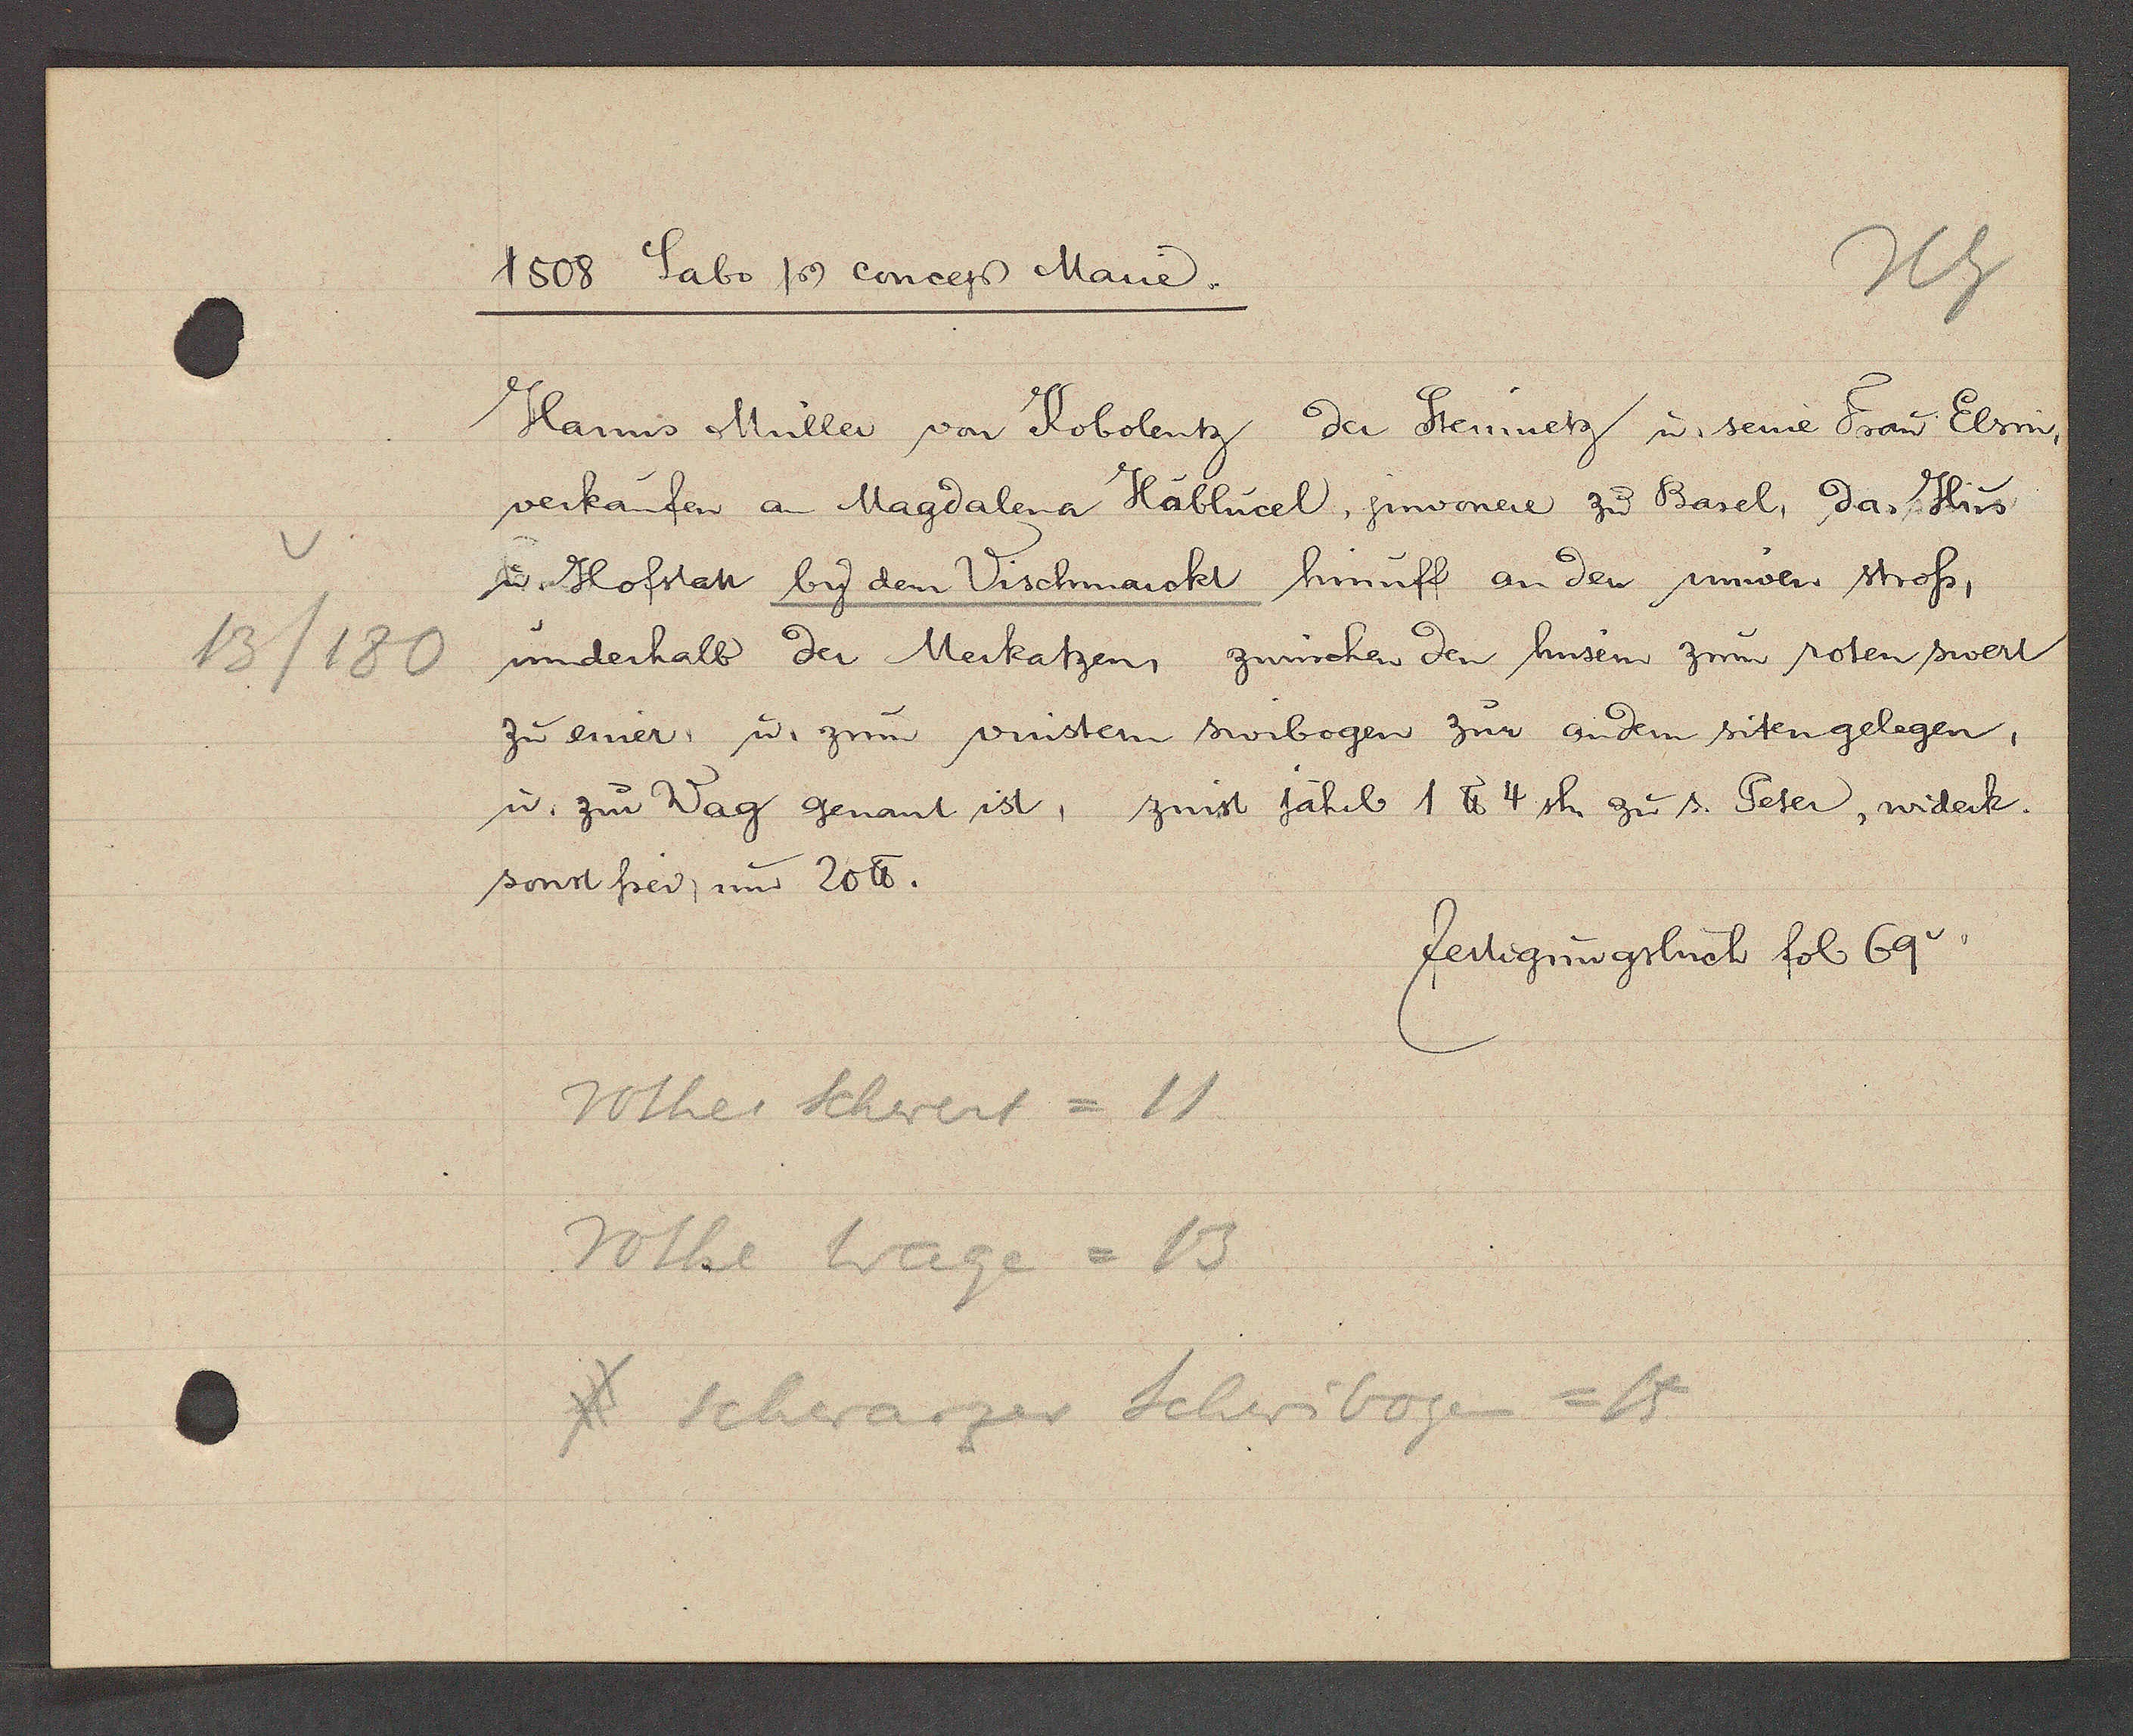
Transcript:
13/180

1508 Sabo Ƿ concep Marie.

Hanns Müller von Kobolentz da Steinmetz u. seine Frau Elsin,
verkaufen an Magdalena Hablucel, juwoneie zu Basel, das Hus
u. Hofstatt by dem Vischmarckt hinuff an den nuwen stross,
underhalb der Merkatzen, zwüschen den husen zum roten swert
zu einer, u. zum vinstern swibogen zur andern siten gelegen,
u. zur Wag genant ist, zinst jährl 1 ℔ 4 sh. zu s. Peter, widerk.
sonst frei, um 20℔

fertigungsbuch fol 69.

rothes Schwert = 11
rothe Wage = 13
f schwarzer Schwibogen = 15